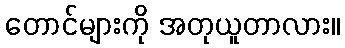
တောင်များကို အတုယူတာလား။